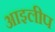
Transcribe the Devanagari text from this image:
आइलीप